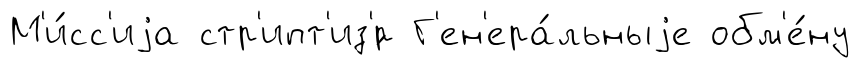
М'и́сс'иjа стр'ипт'из'́р Г'ен'ера́льныjе обм'е́ну